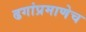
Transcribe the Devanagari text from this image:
ढगांप्रमाणेच